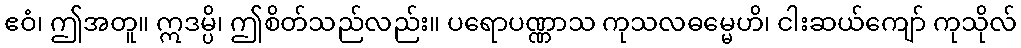
ဧဝံ၊ ဤအတူ။ ဣဒမ္ပိ၊ ဤစိတ်သည်လည်း။ ပရောပဏ္ဏာသ ကုသလဓမ္မေဟိ၊ ငါးဆယ်ကျော် ကုသိုလ်